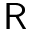
\mathsf { R }